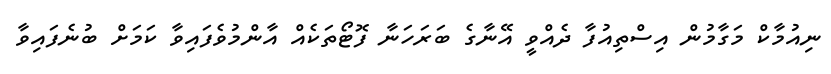
ނިއުމާކް މަގާމުން އިސްތިއުފާ ދެއްވީ އޭނާގެ ބަރަހަނާ ފޮޓޯތަކެއް އާންމުވެފައިވާ ކަމަށް ބުނެފައިވާ